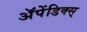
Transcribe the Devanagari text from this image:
अॅपेंडिक्स्